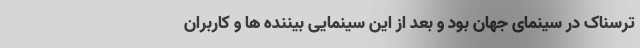
ترسناک در سینمای جهان بود و بعد از این سینمایی بیننده ها و کاربران